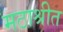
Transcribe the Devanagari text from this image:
मठाश्रीत